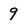
Character: 9